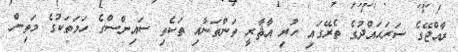
ރާއްޖޭގެ ސަރަޙައްދުގެ ތެރޭގައި ހުރި އާޘާރީ ތަންތަނާއި ތަކެތި ސައިންސްގެ ހަމަތަކުގެ މަތިން